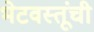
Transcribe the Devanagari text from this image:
भेटवस्तूंची